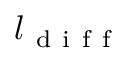
l _ { \mathrm { ~ d ~ i ~ f ~ f ~ } }